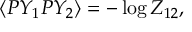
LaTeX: \langle P Y _ { 1 } P Y _ { 2 } \rangle = - \log Z _ { 1 2 } ,